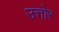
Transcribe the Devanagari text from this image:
उत्तोर